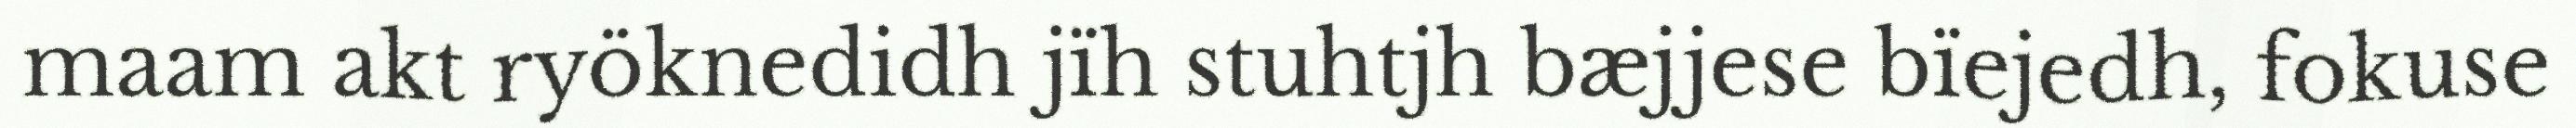
maam akt ryöknedidh jïh stuhtjh bæjjese bïejedh, fokuse